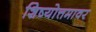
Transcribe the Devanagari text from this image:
शिष्योत्तमावर